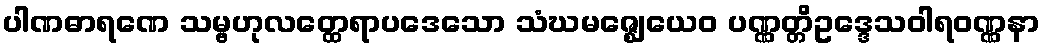
ပါဏဓာရဏေ သမ္ဗဟုလတ္ထေရာပဒေသော သံဃမဇ္ဈေယေဝ ပဏ္ဏတ္တိဥဒ္ဒေသဝါရဝဏ္ဏနာ